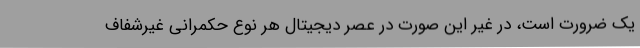
یک ضرورت است، در غیر این صورت در عصر دیجیتال هر نوع حکمرانی غیرشفاف